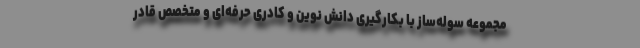
مجموعه سوله‌ساز با بکارگیری دانش نوین و کادری حرفه‌ای و متخصص قادر